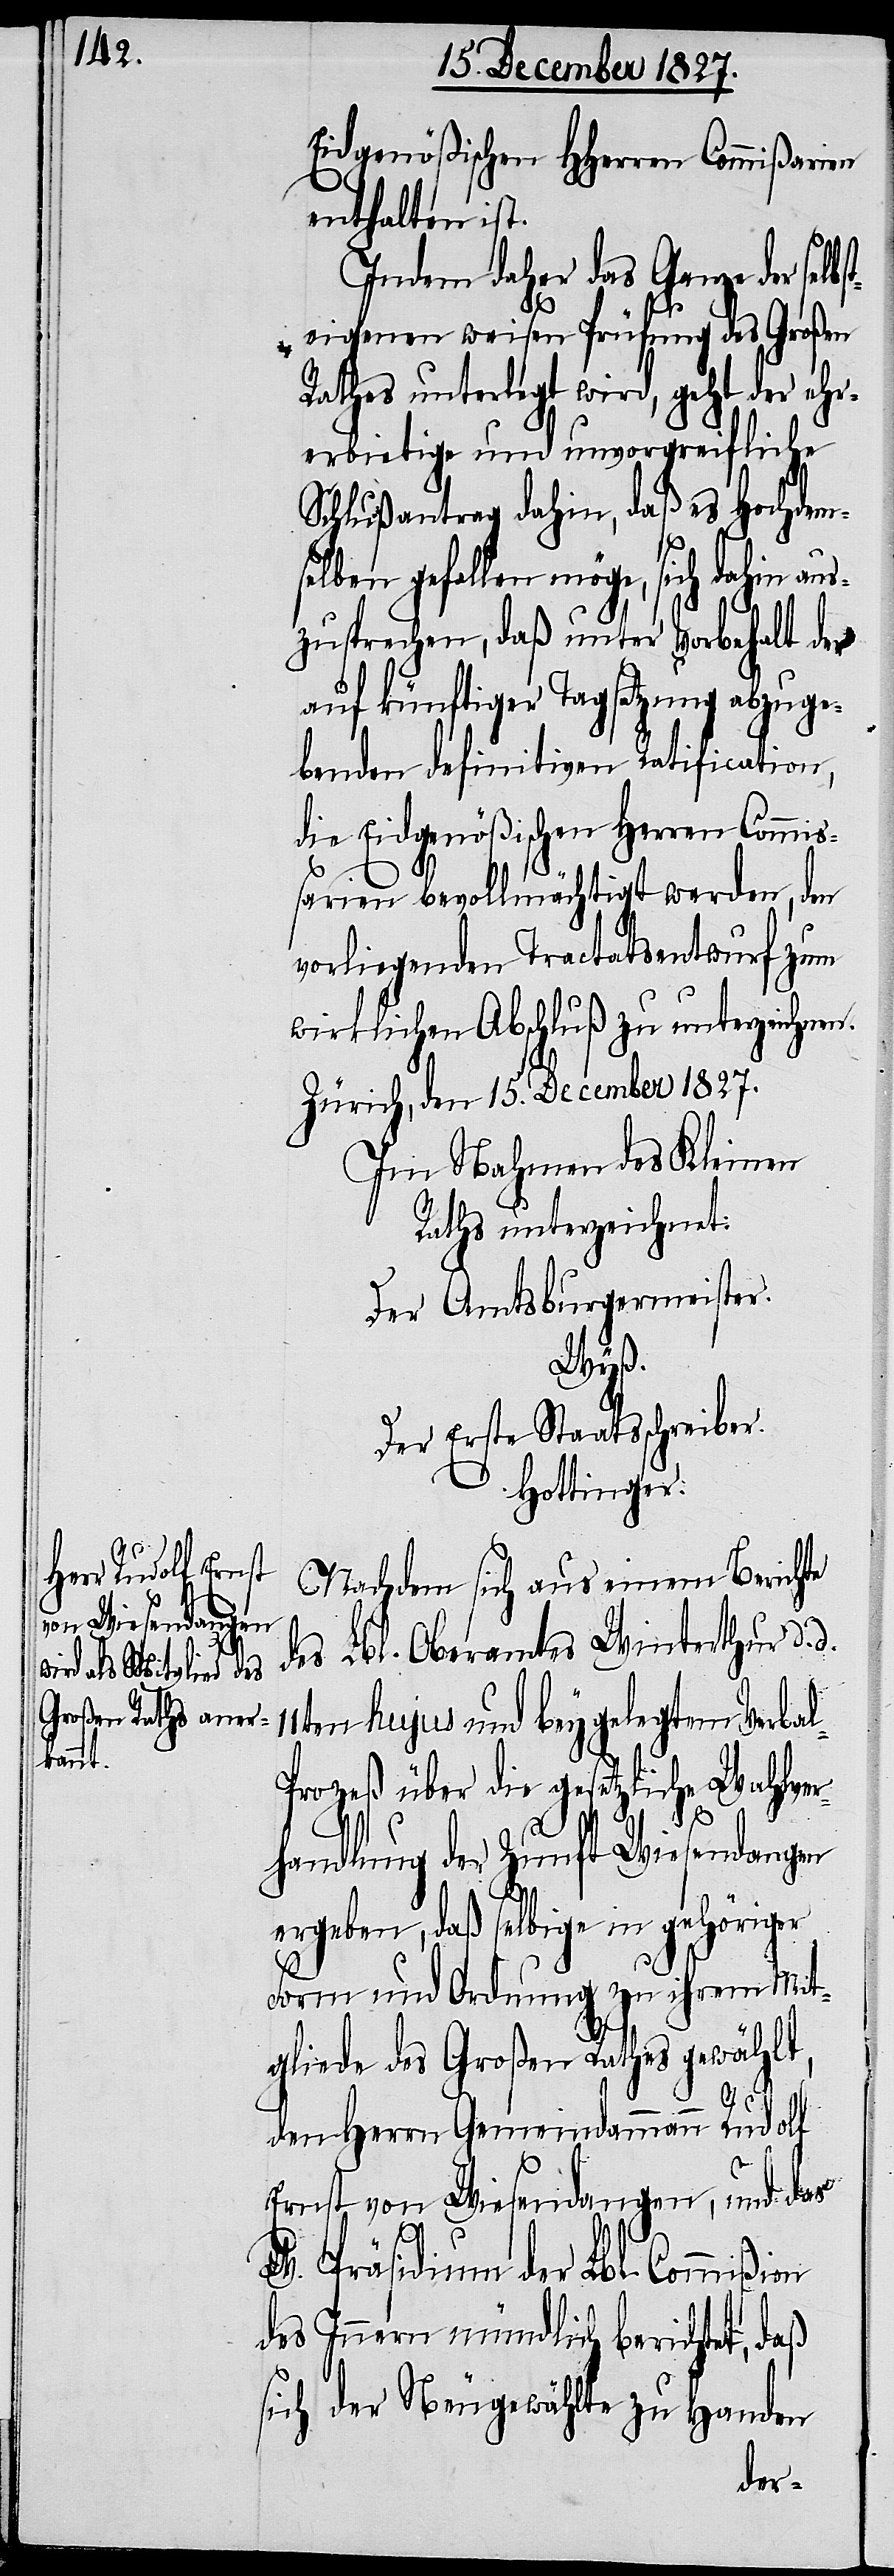
Eidgenoßenschaft HHerren Commißarien
enthalten ist.
Indem daher das Ganze der sel¬
eigenen weisen Prüfung des Großen
Rathes unterlegt wird, geht der ehr¬
erbietige und unvorgreifliche
Schlußantrag dahin, daß es Hochdem¬
selben gefallen möge, sich dahin aus¬
zusprechen, daß unter Vorbehalt der
auf künftiger Tagsatzung abzuge¬
benden definitiven Ratification,
die Eidgenößischen Herren Commiß¬
arien bevollmächtigt werden, den
vorliegenden Tractatsentwurf zum
wirklichen Abschluß zu unterzeichnen.
Zürich, den 15. December 1827.
Im Nahmen des Kleinen
Raths unterzeichnet:
Der Amtsburgermeister.
Wyß.
Der Erste Staatsschreiber.
Hottinger.
Nachdem sich aus einem Berichte
des Lbl. Oberamtes Winterthur d.
d.
11ten hujus und beygelegtem Verbal-P¬
rozeß über die gesetzliche Wahlver¬
bst¬
handlung der Zunft Wiesendangen
ergeben, das selbige in gehöriger
Form und Ordnung zu ihrem Mit¬
gliede des Großen Rathes gewählt,
den Herrn Gemeindammann Rudolf
Ernst von Wiesendangen, und das
W. Präsidium der Lbl. Commißion
des Innern mündlich berichtet, daß
sich der Neugewählte zu Handen